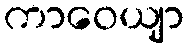
ကာဝေယျာ